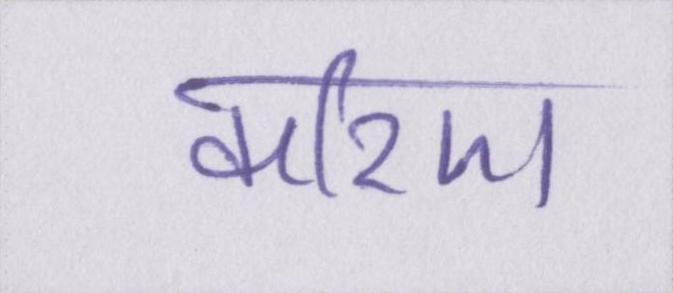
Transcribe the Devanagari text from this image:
करिए